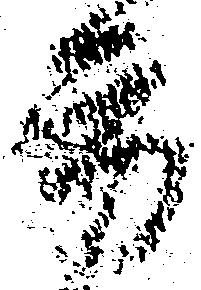
方